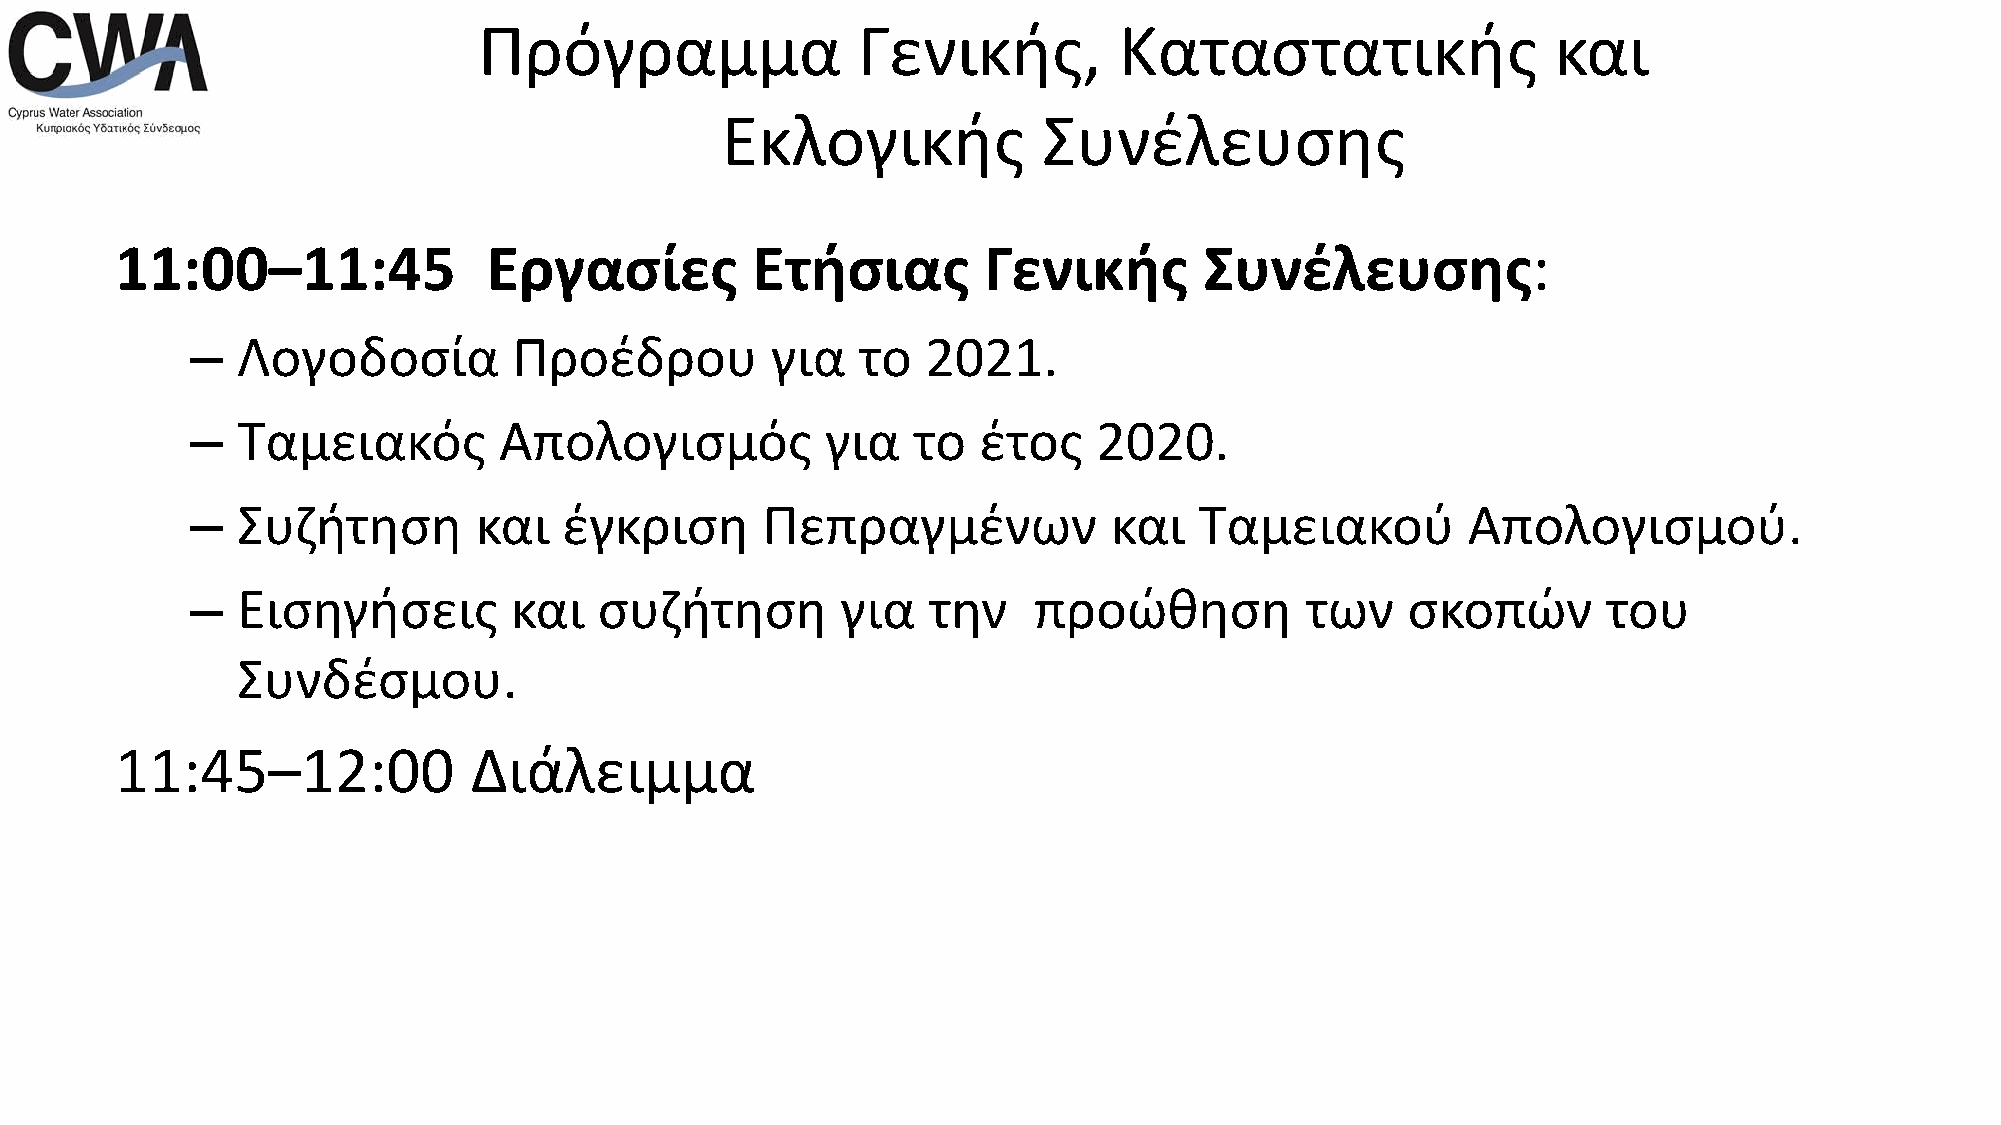
Πρόγραμμα                Γενικής,         Καταστατικής                 και
 Εκλογικής            Συνέλευσης
 11:00–11:45             Εργασίες          Ετήσιας        Γενικής        Συνέλευσης:
 –  Λογοδοσία         Προέδρου         για   το  2021.
 –  Ταμειακός        Απολογισμός           για  το   έτος    2020.
 –  Συζήτηση       και   έγκριση      Πεπραγμένων             και  Ταμειακού         Απολογισμού.
 –  Εισηγήσεις        και   συζήτηση        για  την    προώθηση          των    σκοπών       του
 Συνδέσμου.
 11:45–12:00            Διάλειμμα